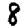
Digit: 8